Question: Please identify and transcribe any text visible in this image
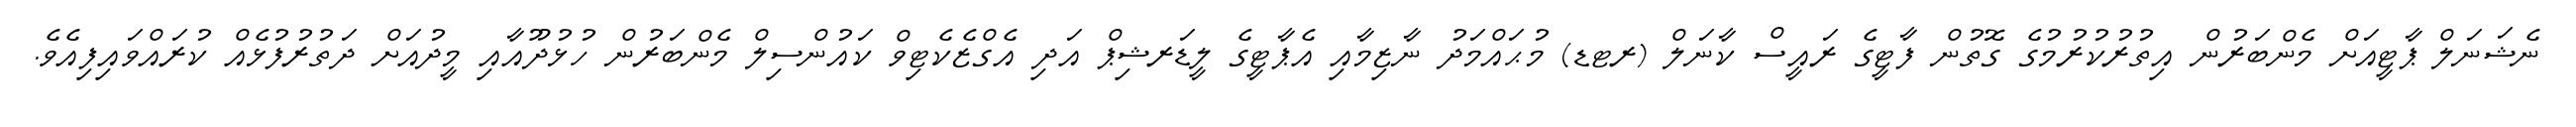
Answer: ނެޝަނަލް ޕާޓީއަށް މެންބަރުން އިތުރުކުރުމުގެ ގޮތުން ފާޓީގެ ރައީސް ކާނަލް (ރޓޑ) މުޙައްމަދު ނާޒިމާއި އެޕާޓީގެ ލީޑަރޝިޕް އަދި އެގްޒެކެޓިވް ކައުންސިލް މެންބަރުން ހުޅުދޫއާއި މީދުއަށް ދަތުރުފުޅެއް ކުރައްވައިފިއެވެ.